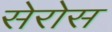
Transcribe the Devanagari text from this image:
सेरोस